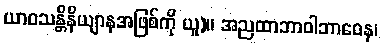
ယာဝသန္တိနိယျာနအဖြစ်ကို ယူ)။ အညထာဘာဝါဘာဝေန၊